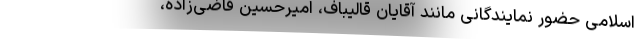
اسلامی حضور نمایندگانی مانند آقایان قالیباف، امیرحسین قاضی‌زاده،